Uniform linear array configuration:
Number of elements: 16
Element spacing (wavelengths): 0.75
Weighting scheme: kaiser
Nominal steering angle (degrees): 30
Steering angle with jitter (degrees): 28.875
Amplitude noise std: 0.05
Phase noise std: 0.05

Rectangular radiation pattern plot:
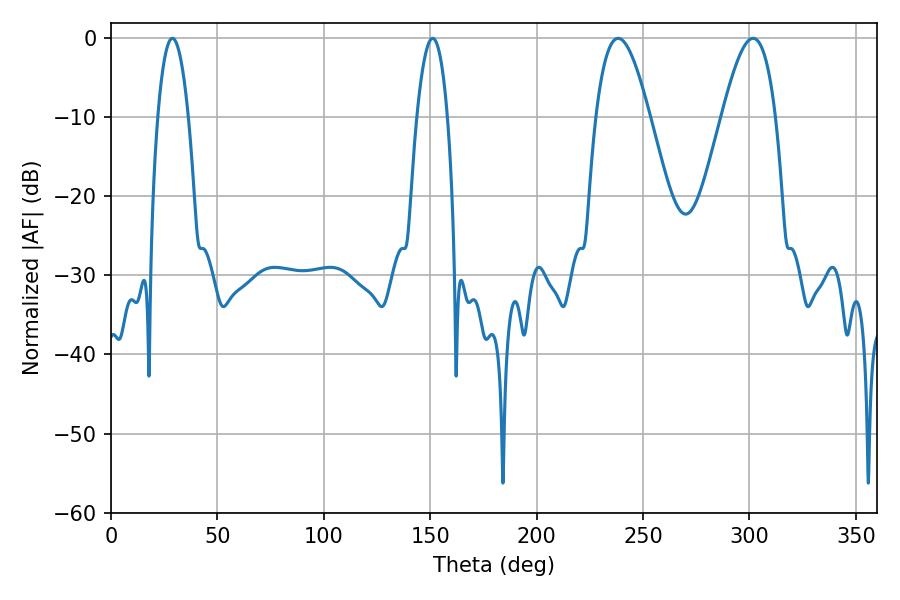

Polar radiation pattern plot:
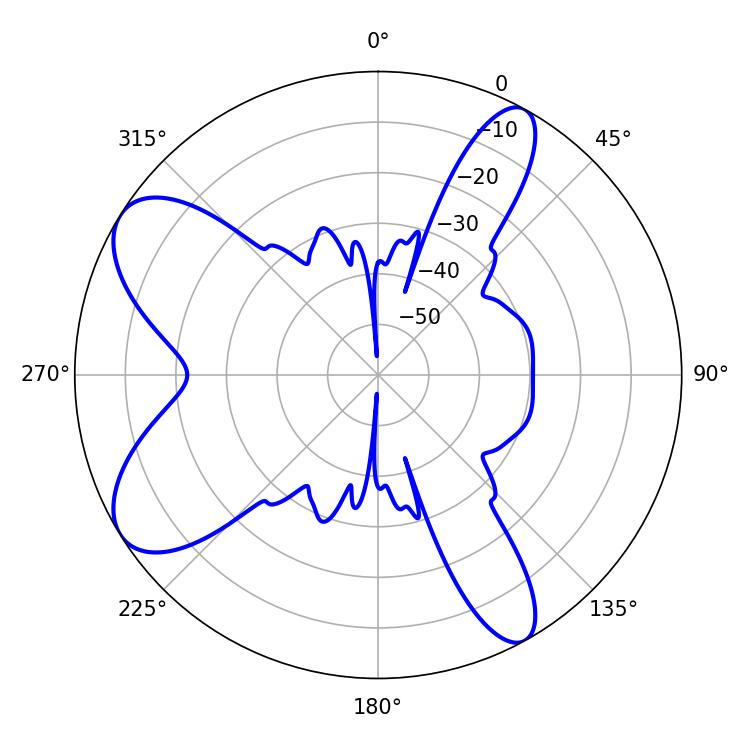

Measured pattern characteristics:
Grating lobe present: TRUE
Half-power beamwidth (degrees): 13.68
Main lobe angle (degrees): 238.32